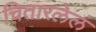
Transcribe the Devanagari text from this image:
चितारलेलं